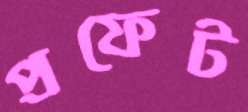
প্রফেট